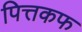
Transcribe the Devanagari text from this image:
पित्तकफ